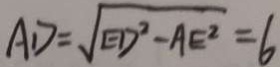
A D = \sqrt { E D ^ { 2 } - A E ^ { 2 } } = 6